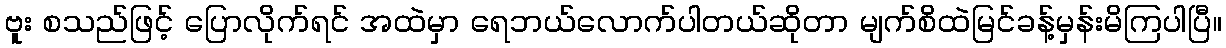
ဗူး စသည်ဖြင့် ပြောလိုက်ရင် အထဲမှာ ရေဘယ်လောက်ပါတယ်ဆိုတာ မျက်စိထဲမြင်ခန့်မှန်းမိကြပါပြီ။